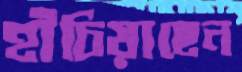
হাঁচিয়াছেন